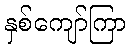
နှစ်ကျော်ကြာ